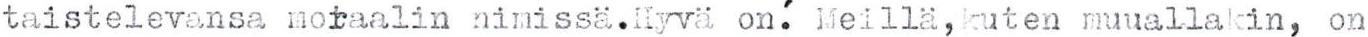
taistelevansa moraalin nimissä.Hyvä on.´ Meillä,kuten muuallakin, on